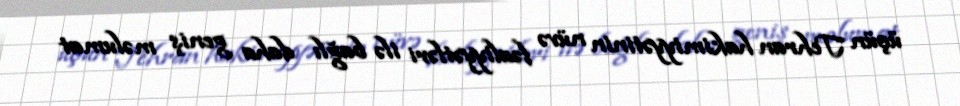
üçün Tehran hakimiyyətinin nüvə fəaliyyətləri ilə bağlı daha geniş məlumat